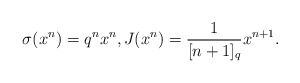
\begin{align*}\sigma(x^n) = q^n x^n, J(x^n) = \frac{1}{[n+1]_q} x^{n+1}.\end{align*}